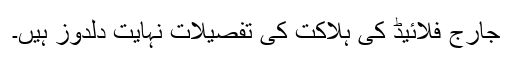
جارج فلائیڈ کی ہلاکت کی تفصیلات نہایت دلدوز ہیں۔